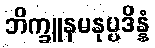
ဘိက္ခူနမနုပ္ပဒိန္နံ